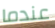
عندما